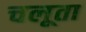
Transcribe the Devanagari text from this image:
चलूता